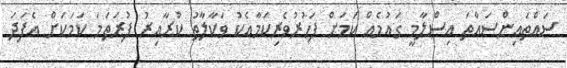
ސައްތައިންސައްތަ އިސްލާމީ ގައުމެއް ކަމަށް ފަހުރުވެރިކަމާއެކު ވަކާލާތު ކުރާއިރު ފުރަތަމަ ކަމަކަށް އެފަދަ